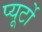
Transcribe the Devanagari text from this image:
प्‍यूर्टो